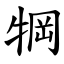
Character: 犅